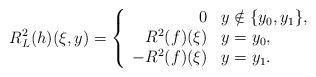
LaTeX: \begin{align*}R_L^2(h)(\xi,y) = \left\{\begin{array}{rl}0 & y\notin \{y_0,y_1\},\\R^2(f)(\xi) & y=y_0,\\-R^2(f)(\xi) & y=y_1.\end{array}\right.\end{align*}